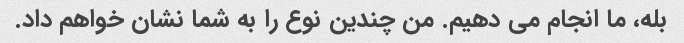
بله، ما انجام می دهیم. من چندین نوع را به شما نشان خواهم داد.